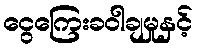
ငွေကြေးခဝါချမှုနှင့်